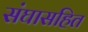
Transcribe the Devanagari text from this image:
संघासहित